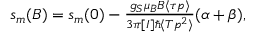
\begin{array} { r } { s _ { m } ( B ) = s _ { m } ( 0 ) - \frac { g _ { S } \mu _ { B } B \langle \tau p \rangle } { 3 \pi [ I ] \hbar \langle T p ^ { 2 } \rangle } ( \alpha + \beta ) , } \end{array}